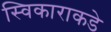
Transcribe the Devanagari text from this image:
स्विकाराकडे